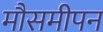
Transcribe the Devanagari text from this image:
मौसमीपन